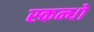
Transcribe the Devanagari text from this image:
स्कन्धों